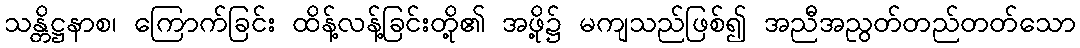
သန္တိဋ္ဌနာစ၊ ကြောက်ခြင်း ထိန့်လန့်ခြင်းတို့၏ အဖို့၌ မကျသည်ဖြစ်၍ အညီအညွတ်တည်တတ်သော